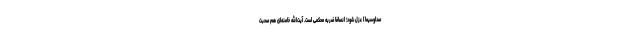
صداوسیما] عزل شود؛ انصافا ضربه محكمى است. آیت‌الله خامنه‌اى هم صحبت